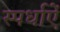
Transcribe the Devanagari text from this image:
स्पर्धाऐं